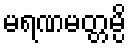
မရဏမတ္တမ္ပိ